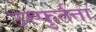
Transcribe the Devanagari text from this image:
उस्फुर्तता